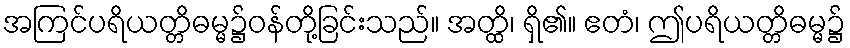
အကြင်ပရိယတ္တိဓမ္မ၌ဝန်တို့ခြင်းသည်။ အတ္ထိ၊ ရှိ၏။ ဧတံ၊ ဤပရိယတ္တိဓမ္မ၌